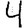
Digit: 4